Report on enteric fever
Disease focus: Fever
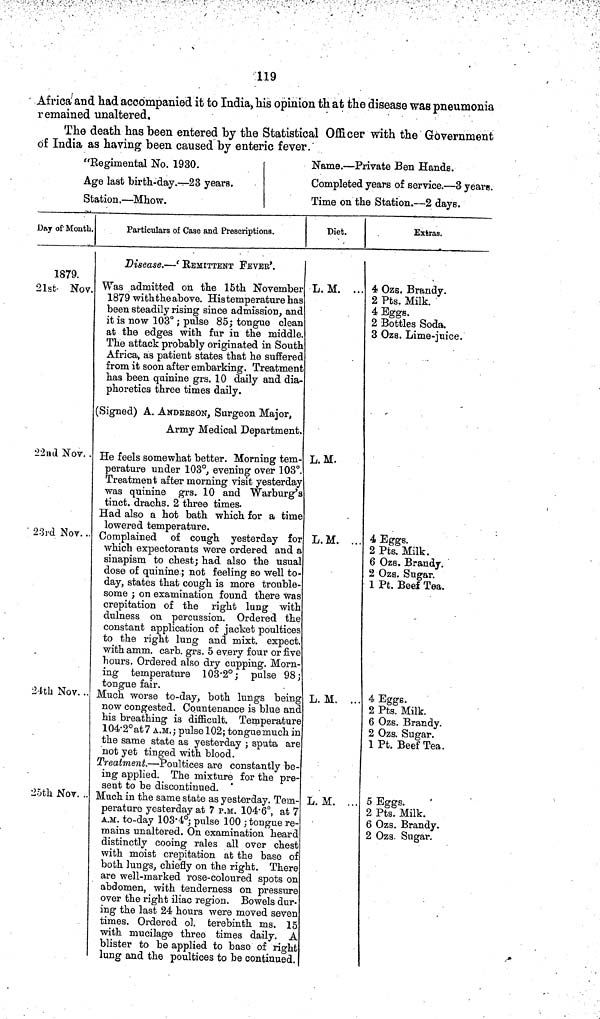
119
Africa and had accompanied it to India, his opinion that the disease was pneumonia
remained unaltered.
The death has been entered by the Statistical Officer with the Government
of India as having been caused by enteric fever.
"Regimental No. 1930.
Age last birth day.—23 years.
Station.— Mhow.
Name.—Private Ben Hands.
Completed years of service.—3 years.
Time on the Station.—2 days.
Day of Month.
1879.
21st Nov.
22ad Nov. .
23rd Nor. ..
21th Nov. ..
25th Nov. ..
Particulars of Case and Prescriptions.
Disease.—' REMITTENT FEVER'.
Was admitted on the 15th November
1879 with the above. His temperature has
been steadily rising since admission, and
it is now 103° ; pulse 85; tongue clean
at the edges with fur in the middle.
The attack probably originated in South
Africa, as patient states that he suffered
from it soon after embarking. Treatment
has been quinine grs. 10 daily and dia-
phoretics three times daily.
(Signed) A. ANDErSON, Surgeon Major,
Army Medical Department.
He feels somewhat better. Morning tem-
perature under 108°, evening over 103°.
Treatment after morning visit yesterday
was quinine grs. 10 and Warburg's
tinct. drachs. 2 three times.
Had also a hot bath which for a time
lowered temperature.
Complained of cough yesterday for
which expectorants were ordered and a
sinapism to chest; had also the usual
dose of quinine ; not feeling BO well to-
day, states that cough is more trouble-
some ; on examination found there was
crepitation of the right lung with
dulness on percussion. Ordered the
constant application of jacket poultices
to the right lung and mixt. expect.
with amm. carb. grs. 5 every four or five
hours. Ordered also dry cupping. Morn-
ing temperature 103 2°; pulse 98,
tongue fair.
Much worse to day, both lungs being
now congested. Countenance is blue and
his breathing is difficult. Temperature
104 2° at 7 A.M.; pulse 102; tongue much in
the same state as yesterday ; sputa are
not yet tinged with blood.
Treatment.—Poultices are constantly be-
ing applied. The mixture for the pre-
sent to be discontinued.
Much in the same state as yesterday. Tem-
perature yesterday at 7 P.M. 104 6°, at 7
A.M. to day 103 4°; pulse 100 ; tongue re-
mains unaltered. On examination heard
distinctly cooing rales all over chest
with moist crepitation at the base of
both lungs, chiefly on the right. There
are well marked rose coloured spots on
abdomen, with tenderness on pressure
over the right iliac region. Bowels dur-
ing the last 24 hours were moved seven
times. Ordered ol. terebinth ms. 15
with mucilage three times daily. A
blister to be applied to base of right
lung and the poultices to be continued.
Diet.
L. M. ...
L. M.
L. M. ...
L. M. ..
L. M. ...
Extras.
4 Ozs. Brandy.
2 Pts. Milk.
4 Eggs.
2 Bottles Soda.
3 Ozs. Lime juice.
4 Eggs.
2 Pts. Milk.
6 Ozs. Brandy.
2 Ozs. Sugar.
1 Pt. Beef Tea.
'
4 Eggs.
2 Pts. Milk.
6 Ozs. Brandy.
2 Ozs. Sugar.
1 Pt. Beef Tea.
5 Eggs.
2 Pts. Milk.
6 Ozs. Brandy.
2 Ozs. Sugar.
,